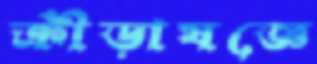
ক্রীড়াযজ্ঞে